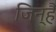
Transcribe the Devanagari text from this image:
जिन्हैं